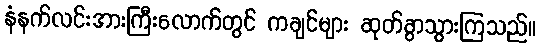
နံနက်လင်းအားကြီးလောက်တွင် ကချင်များ ဆုတ်ခွာသွားကြသည်။